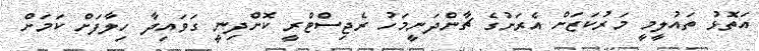
އަތޮޅު ތައުލީމީ މަރުކަޒަށް އެރަށުގެ ޗާންދަނީމަހު ރެޖިސްޓްރީ ކޮށްދިނީ ގަވައިދާ ހިލާފަށް ކަމަށް